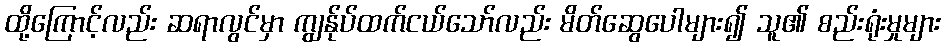
ထို့ကြောင့်လည်း ဆရာလွင်မှာ ကျွန်ုပ်ထက်ငယ်သော်လည်း မိတ်ဆွေပေါများ၍ သူ၏ စည်းရုံးမှုများ